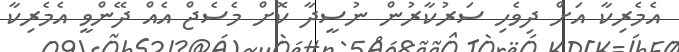
އެމެރިކާ އަށް ދިވެހި ސަރުކާރުން ނުސީދާ ކޮށް މެސެޖް އެއްް ދޭންވީ އެމެރިކާ